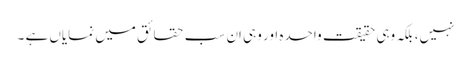
نہیں، بلکہ وہی حقیقت واحدہ اور وہی اِن سب حقائق میں نمایاں ہے ۔